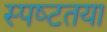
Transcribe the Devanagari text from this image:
स्‍पष्‍टतया